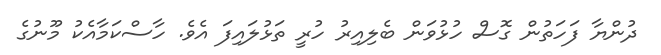
ދުންޔާ ފަހަތުން ގޮސް ހުޅުވަން ބެލިއިރު ހުރީ ތަޅުލައިފަ އެވެ. ހާސްކަމާއެކު މޫނުގެ